Vaccine operations Central Provinces 1868-1885 - 1868-1885
Year: 1868
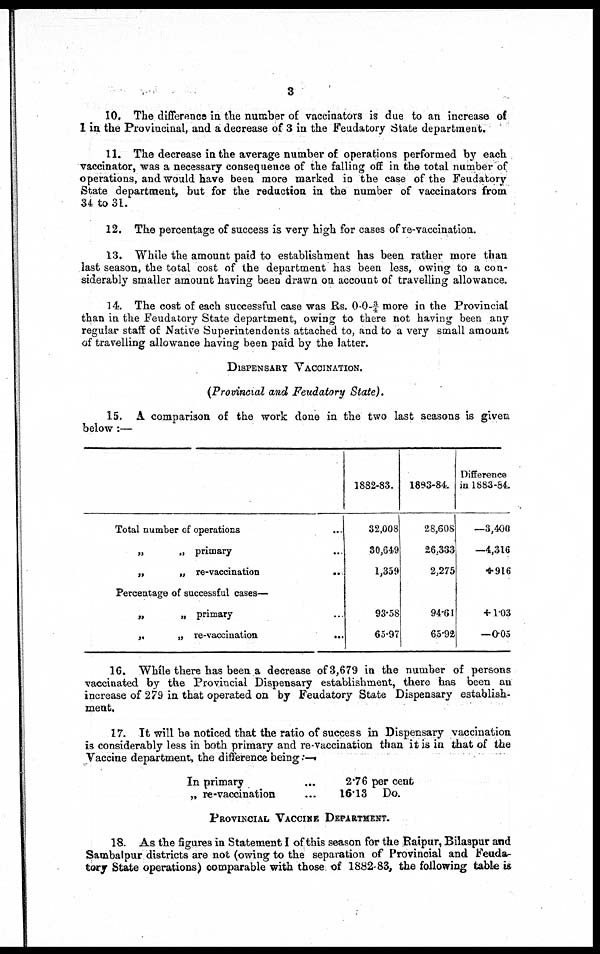
3
10. The difference in the number of vaccinators is due to an increase of
1 in the Provincinal, and a decrease of 3 in the Feudatory State department.
11. The decrease in the average number of operations performed by each
vaccinator, was a necessary consequence of the falling off in the total number of
operations, and would have been more marked in the case of the Feudatory
State department, but for the reduction in the number of vaccinators from
34 to 31.
12. The percentage of success is very high for cases of re-vaccination.
13. While the amount paid to establishment has been rather more than
last season, the total cost of the department has been less, owing to a con-
siderably smaller amount having been drawn on account of travelling allowance.
14. The cost of each successful case was Rs. 0-0-¾ more in the Provincial
than in the Feudatory State department, owing to there not having been any
regular staff of Native Superintendents attached to, and to a very small amount
of travelling allowance having been paid by the latter.
DISPENSARY VACCINATION.
(Provincial and Feudatory State).
15. A comparison of the work done in the two last seasons is given
below:—
Total number of operations
...
„
„ primary ...
„
„ re-vaccination
...
Percentage of successful cases—
„
„ primary ...
„
„ re-vaccination
...
1882-83.
32,008
30,649
1,359
93.58
65.97
1883-84
28,608
26,333
2,275
94.61
65.92
Difference
in 1883-84.
—3,400
—4,316
+ 916
+ 1.03
—0.05
16. While there has been a decrease of 3,679 in the number of persons
vaccinated by the Provincial Dispensary establishment, there has been an
increase of 279 in that operated on by Feudatory State Dispensary establish-
ment.
17. It will be noticed that the ratio of success in Dispensary vaccination
is considerably less in both primary and re-vaccination than it is in that of the
Vaccine department, the difference being :—
In primary ...
„ re-vaccination ...
2.76 per cent
16.13 Do.
PROVINCIAL VACCINE DEPARTMENT.
18. As the figures in Statement I of this season for the Raipur, Bilaspur and
Sambalpur districts are not (owing to the separation of Provincial and Feuda¬
tory State operations) comparable with those of 1882-83, the following table is